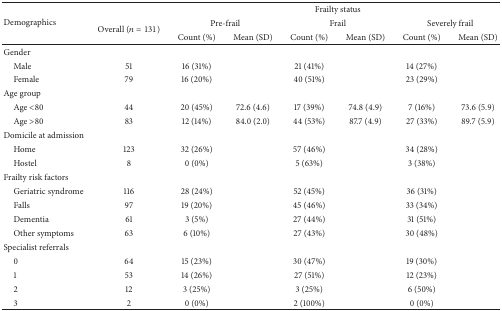
<table><thead><tr><td rowspan="3"><b>Demographics</b></td><td><b> </b></td><td colspan="6"><b>Frailty status</b></td></tr><tr><td rowspan="2"><b>Overall (<i>n</i> = 131)</b></td><td colspan="2"><b>Pre-frail</b></td><td colspan="2"><b>Frail</b></td><td colspan="2"><b>Severely frail</b></td></tr><tr><td><b>Count (%)</b></td><td><b>Mean (SD)</b></td><td><b>Count (%)</b></td><td><b>Mean (SD)</b></td><td><b>Count (%)</b></td><td><b>Mean (SD)</b></td></tr></thead><tbody><tr><td>Gender</td><td> </td><td> </td><td> </td><td> </td><td> </td><td> </td><td> </td></tr><tr><td> Male</td><td>51</td><td>16 (31%)</td><td> </td><td>21 (41%)</td><td> </td><td>14 (27%)</td><td> </td></tr><tr><td> Female</td><td>79</td><td>16 (20%)</td><td> </td><td>40 (51%)</td><td> </td><td>23 (29%)</td><td> </td></tr><tr><td>Age group</td><td> </td><td> </td><td> </td><td> </td><td> </td><td> </td><td> </td></tr><tr><td> Age &lt;80</td><td>44</td><td>20 (45%)</td><td>72.6 (4.6)</td><td>17 (39%)</td><td>74.8 (4.9)</td><td>7 (16%)</td><td>73.6 (5.9)</td></tr><tr><td> Age &gt;80</td><td>83</td><td>12 (14%)</td><td>84.0 (2.0)</td><td>44 (53%)</td><td>87.7 (4.9)</td><td>27 (33%)</td><td>89.7 (5.9)</td></tr><tr><td>Domicile at admission</td><td> </td><td> </td><td> </td><td> </td><td> </td><td> </td><td> </td></tr><tr><td> Home</td><td>123</td><td>32 (26%)</td><td> </td><td>57 (46%)</td><td> </td><td>34 (28%)</td><td> </td></tr><tr><td> Hostel</td><td>8</td><td>0 (0%)</td><td> </td><td>5 (63%)</td><td> </td><td>3 (38%)</td><td> </td></tr><tr><td>Frailty risk factors</td><td> </td><td> </td><td> </td><td> </td><td> </td><td> </td><td> </td></tr><tr><td> Geriatric syndrome</td><td>116</td><td>28 (24%)</td><td> </td><td>52 (45%)</td><td> </td><td>36 (31%)</td><td> </td></tr><tr><td> Falls</td><td>97</td><td>19 (20%)</td><td> </td><td>45 (46%)</td><td> </td><td>33 (34%)</td><td> </td></tr><tr><td> Dementia</td><td>61</td><td>3 (5%)</td><td> </td><td>27 (44%)</td><td> </td><td>31 (51%)</td><td> </td></tr><tr><td> Other symptoms</td><td>63</td><td>6 (10%)</td><td> </td><td>27 (43%)</td><td> </td><td>30 (48%)</td><td> </td></tr><tr><td>Specialist referrals</td><td> </td><td> </td><td> </td><td> </td><td> </td><td> </td><td> </td></tr><tr><td> 0</td><td>64</td><td>15 (23%)</td><td> </td><td>30 (47%)</td><td> </td><td>19 (30%)</td><td> </td></tr><tr><td> 1</td><td>53</td><td>14 (26%)</td><td> </td><td>27 (51%)</td><td> </td><td>12 (23%)</td><td> </td></tr><tr><td> 2</td><td>12</td><td>3 (25%)</td><td> </td><td>3 (25%)</td><td> </td><td>6 (50%)</td><td> </td></tr><tr><td> 3</td><td>2</td><td>0 (0%)</td><td> </td><td>2 (100%)</td><td> </td><td>0 (0%)</td><td> </td></tr></tbody></table>